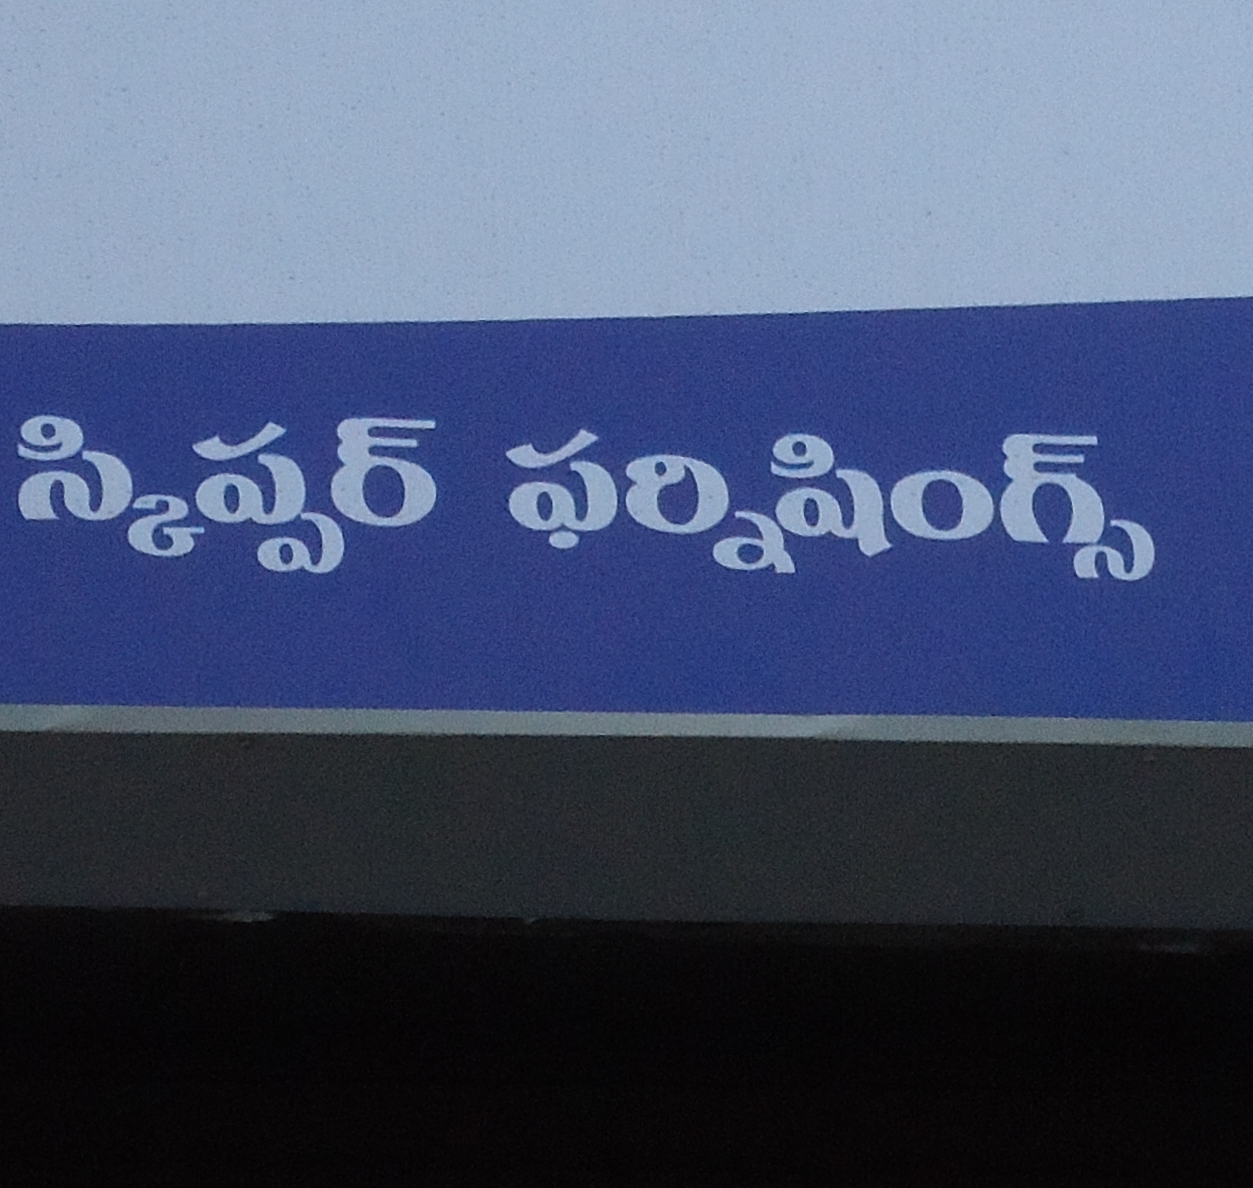
Language: telugu
Transcription: స్కిప్పర్ ఫర్నిషింగ్స్